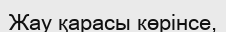
Жау қарасы көрінсе,